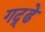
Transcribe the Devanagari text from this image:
गद्ढे